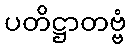
ပတိဋ္ဌာတဗ္ဗံ